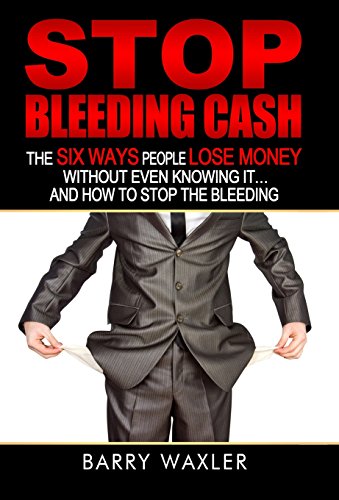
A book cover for Stop Bleeding Cash: The Six Ways People Lose Money Without Even Knowing It ... And How to Stop the Bleeding; Barry Waxler; Business & Money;